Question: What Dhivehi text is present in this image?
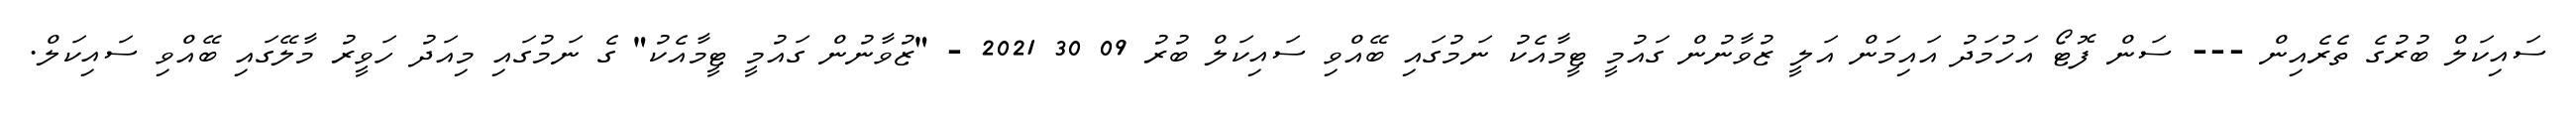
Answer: ސައިކަލް ބުރުގެ ތެރެއިން --- ސަން ފޮޓޯ އަހުމަދު އައިމަން އަލީ ޒުވާނުން ގައުމީ ޓީމާއެކު ނަމުގައި ބޭއްވި ސައިކަލް ބުރު 09 30 2021 - "ޒުވާނުން ގައުމީ ޓީމާއެކު" ގެ ނަމުގައި މިއަދު ހަވީރު މާލޭގައި ބޭއްވި ސައިކަލް.